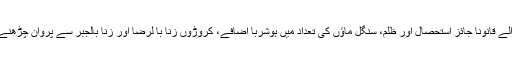
اس نا دیدہ، غیر واضح، فکری ظلم سے لیکر کلبوں اور ہوٹلوں میں ہونے والے قانوناً جائز استحصال اور ظلم، سنگل ماؤں کی تعداد میں ہوشربا اضافے، کروڑوں زنا با لرضا اور زنا بالجبر سے پروان چڑھنے والے ذہنی، جسمانی، خاندانی مسائل، دشمنیاں صرف چند مسلّمہ نتائج ہیں۔